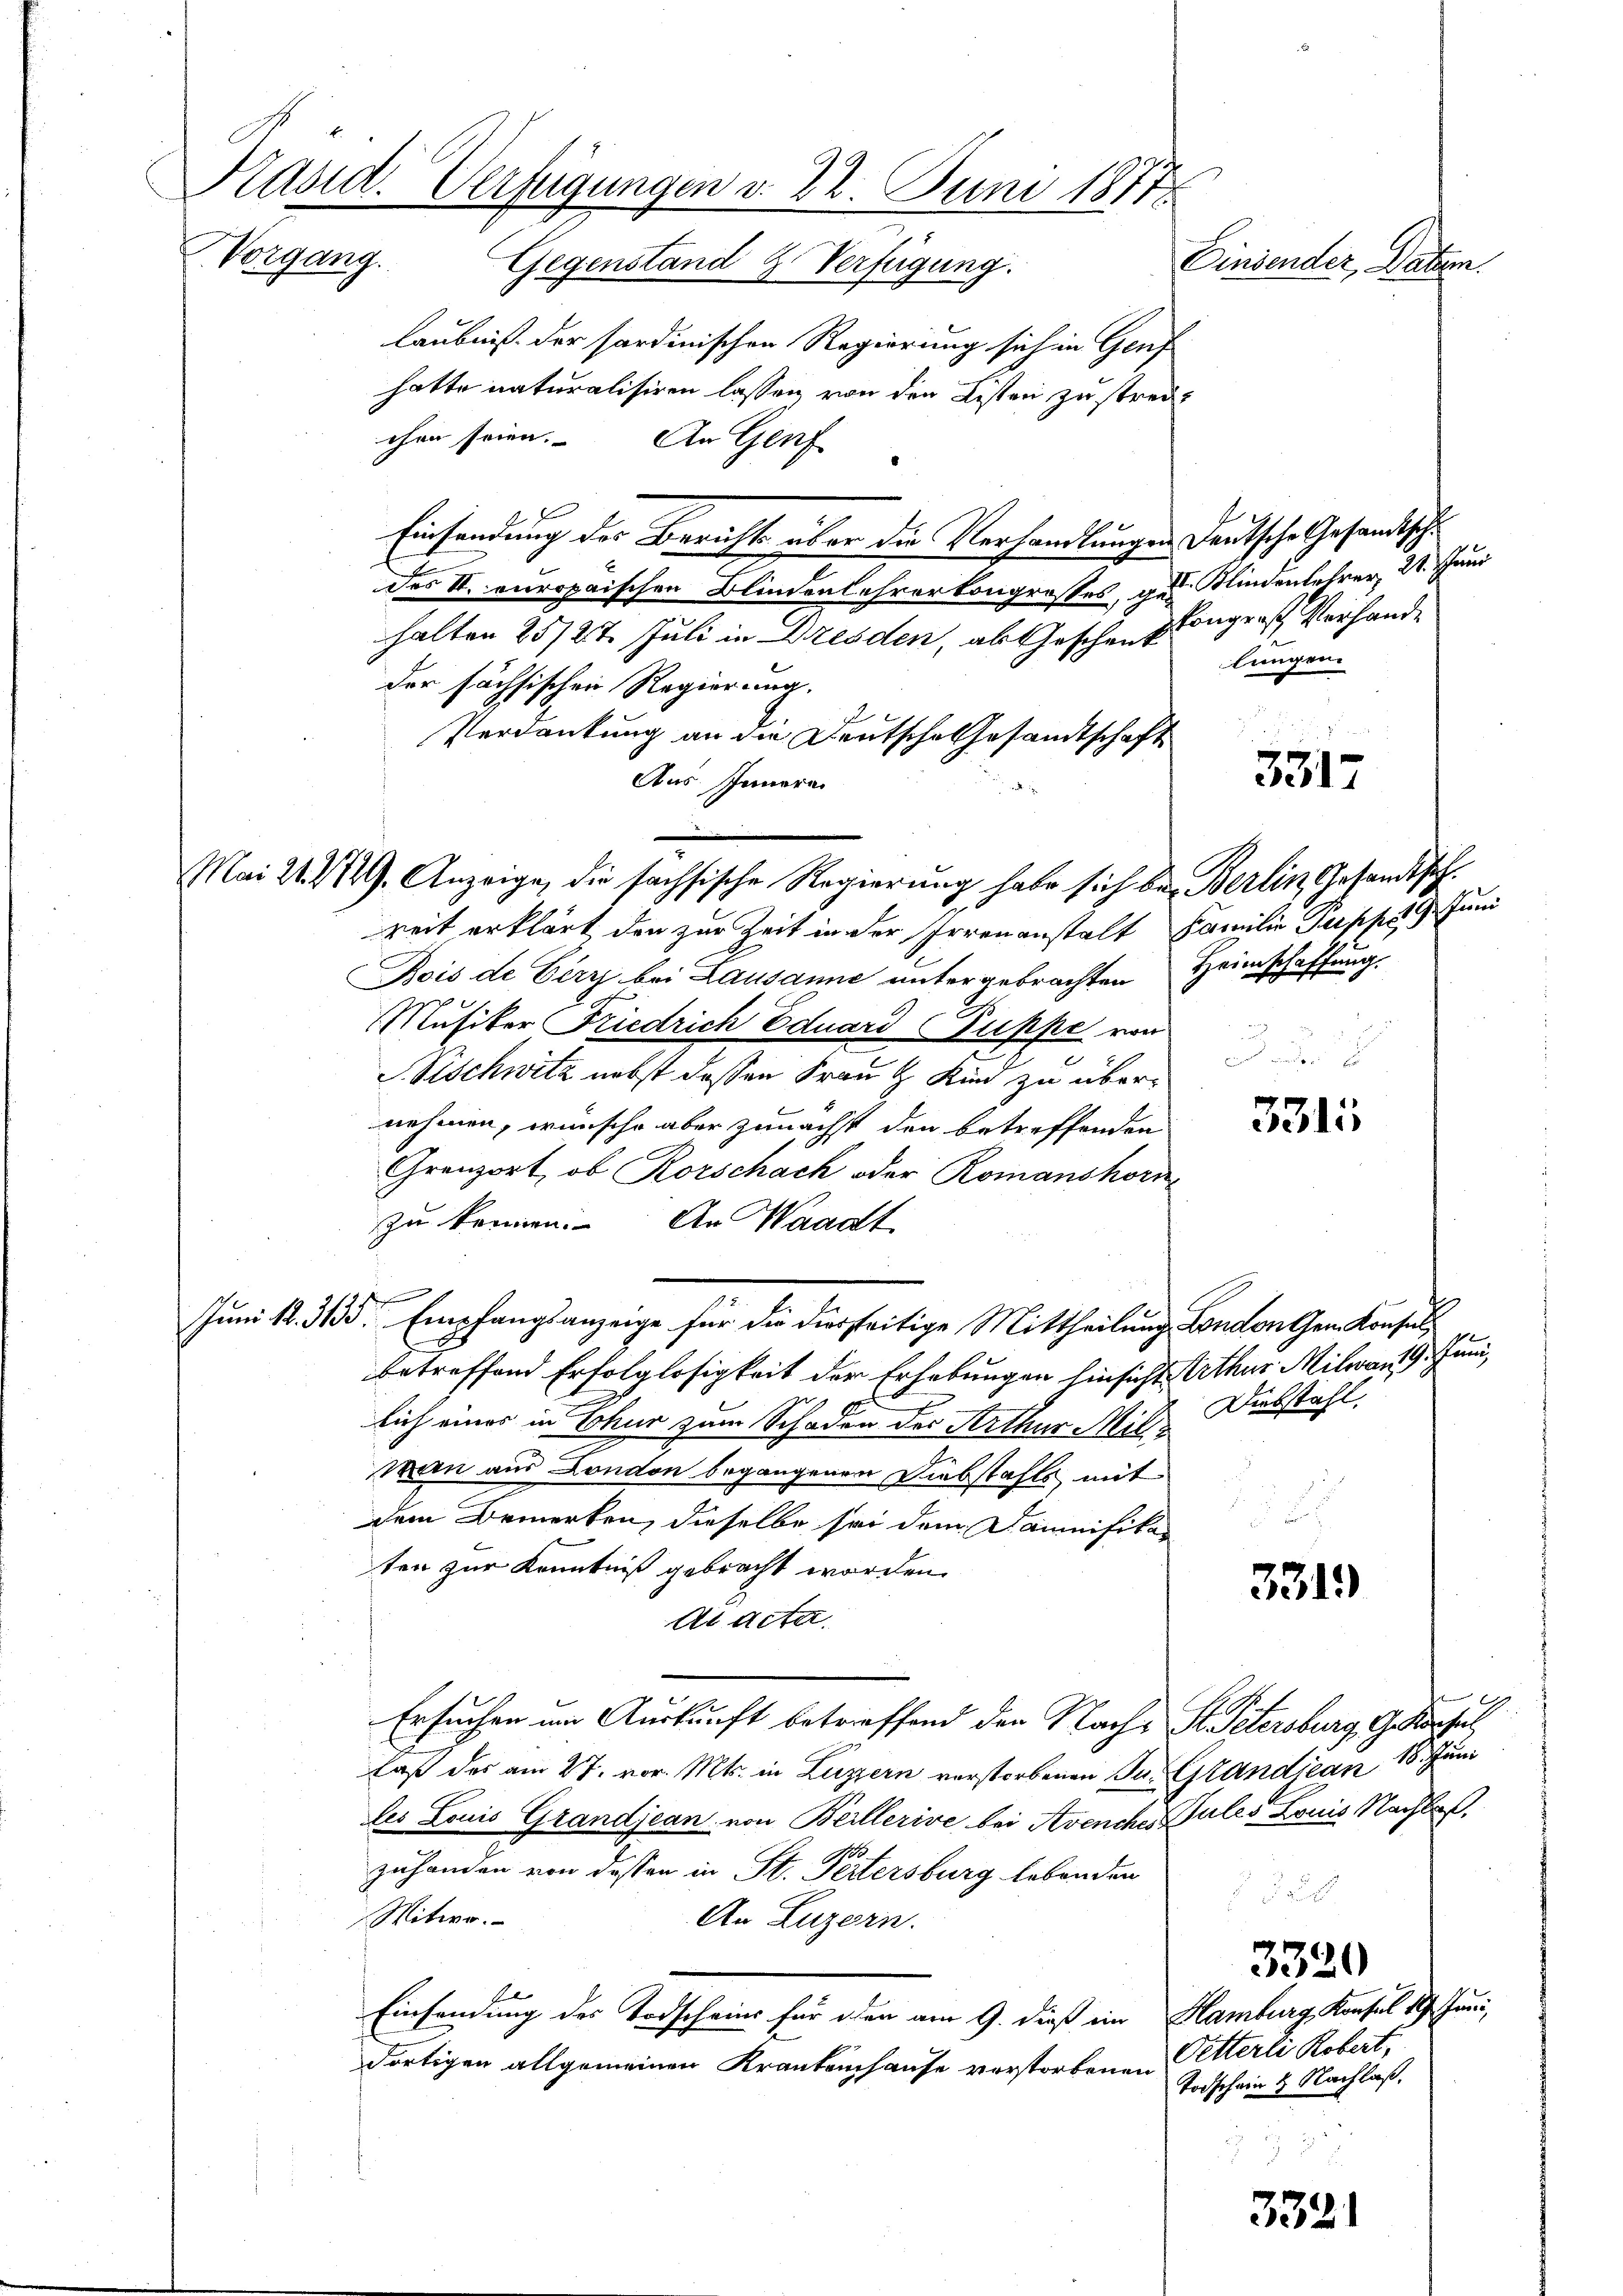
Präsid. Verfügungen d. 28. Juni 1877
Vorgang. Gegenstand & Verfügung.
Einsender, Vater.

laubniß der sordinischen Regierung sich in Genf
hatte naturalisiren lassen von den Listen zu strecchen seien. An Genf
d
Einsendung des Berichts über die Verhandlungen deutsche Gesandtsche
des II. europaischen Blindenlehrerkongrosses, gen Klindenlehrer, 21. Juni
halten 25/27. Juli in Dresden, ab Geschen Plange ist Verhandder höchsischen Regierung.
Verdankung an die Deutsche Gesandtschaft
Aus Innern
Mai 22. 229. Anzeige, die sachsische Regierung habe sich bei Berlin Gesandtsch
reit erklärt, den zur Zeit in der Irrenanstalt Familie Suppe 19 Juni
Bois de Cirr bei Lausanne untergebrachten Heimschaffung.
Musiker Friedrich Eduard Puppe von
SSischwitz nebst dessen Frau Kind zu übernehmen, wünsche aber zunächst den betreffenden
Gränz(...), ob Rorschach oder Romanshornzu können. An Waadt
Juni 12. 335. Empfangsanzeige für die dierseitige Mittheilung London Gem. Konsul
betreffend Erfolglosigkeit der Erhebungen hinsicht Arthur Milwant 9. Juni,
lich eines in Chur zum Schaden der Arthur Milwan aus London begangenen Diebstahls mit
dem Bemerken, dieselbe sei dem Damnifikar
ten zur Kenntniß gebracht worden.
A dete.
Ersuchen im Auskunft betrieffend den Nache St. Petersburg, G. Konsul
laß der am 27. vor. Mts. in Luzern verstorbenen Jur. Grandjean 18. Juni
les Louis Grandjean, von Beillerive bei Avenches Bules Louis Nachba
zuhanden von dessen in St. Peitersburg lebenden
Witwe.
An Luzern.
x
Einsendung des Todscheins für den am 9. dieß ein Hamburg, Konsul 19. Juni,
dortigen allgemeinen Krankenhause vorstorbenen

lungen

3317

3311

Diebstahl.

3319

G

3320

Petterli Robert,
Todschein 4 Nachlaß.

3321